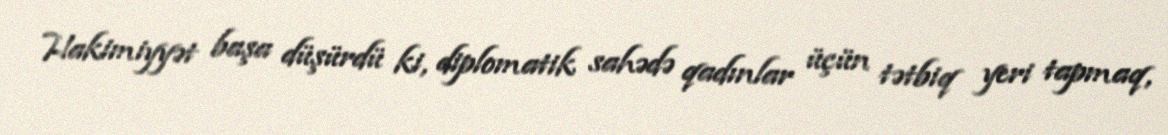
Hakimiyyət başa düşürdü ki, diplomatik sahədə qadınlar üçün tətbiq yeri tapmaq,